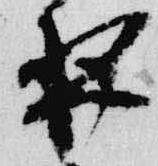
夜